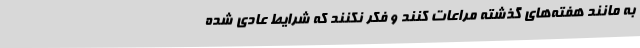
به مانند هفته‌های گذشته مراعات کنند و فکر نکنند که شرایط عادی شده